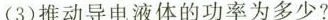
(3)推动导电液体的功率为多少?